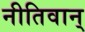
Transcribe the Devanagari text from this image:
नीतिवान्‌